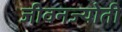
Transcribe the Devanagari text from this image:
जीवनज्योती